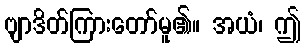
ဗျာဒိတ်ကြားတော်မူ၏။ အယံ၊ ဤ